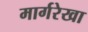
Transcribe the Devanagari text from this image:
मार्गरेखा